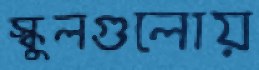
স্কুলগুলোয়